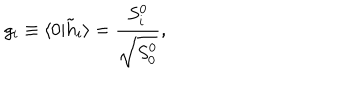
LaTeX: g _ { i } \equiv \langle 0 \vert { \tilde { h } } _ { i } \rangle = { \frac { S _ { i } ^ { 0 } } { \sqrt { S _ { 0 } ^ { 0 } } } } ,